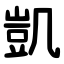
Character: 凱